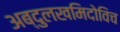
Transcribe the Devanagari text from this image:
अब्दुलखमिदोविच